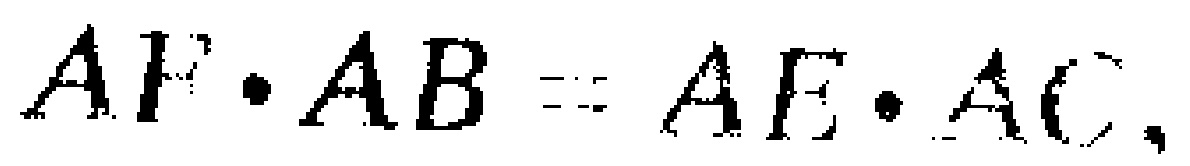
$AF\cdot AB = AE\cdot AC,$